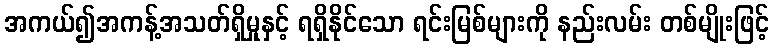
အကယ်၍အကန့်အသတ်ရှိမှုနှင့် ရရှိနိုင်သော ရင်းမြစ်များကို နည်းလမ်း တစ်မျိုးဖြင့်